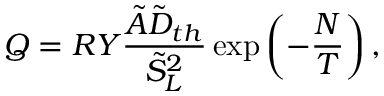
Q = R Y \frac { \tilde { A } \tilde { D } _ { t h } } { \tilde { S } _ { L } ^ { 2 } } \exp \left( - \frac { N } { T } \right) ,